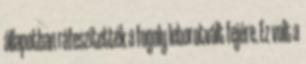
állapotban ráfeszítették a fogoly leborotvált fejére. Ez volt a